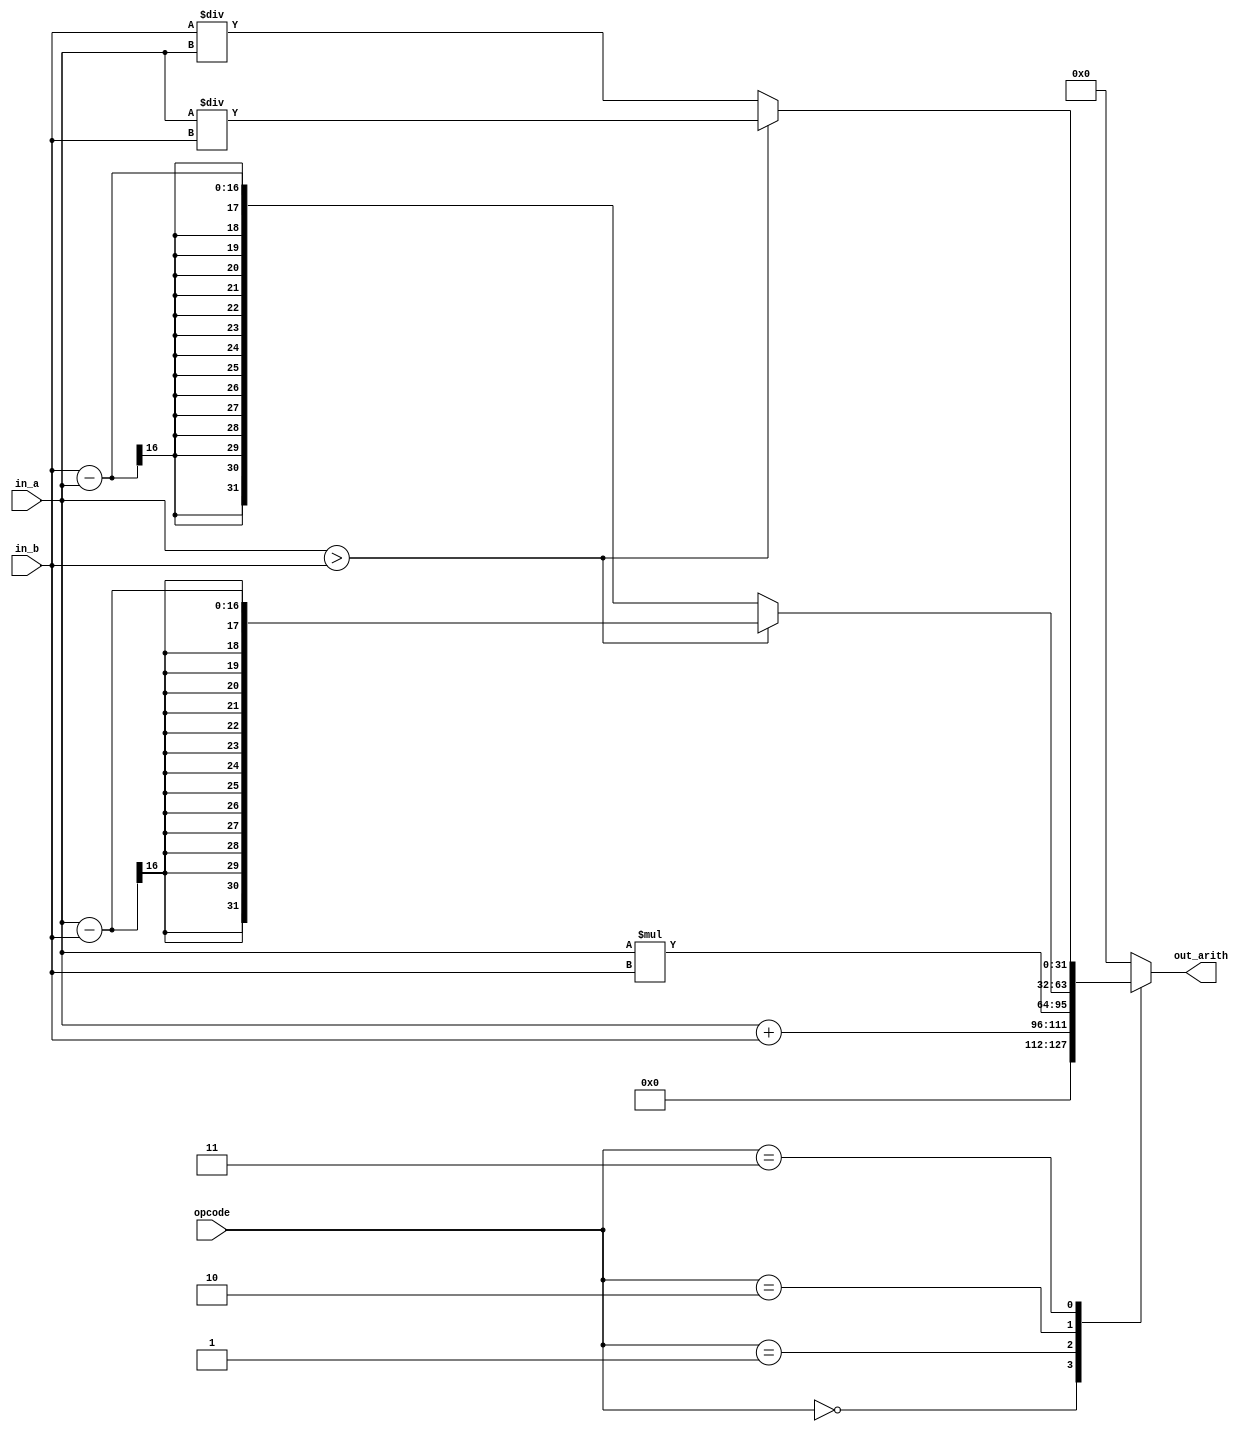
`timescale 1ns / 1ps


module arith_unit(
                    input [15:0] in_a,
                    input [15:0] in_b,
                    input [2:0] opcode,
                    output [31:0] out_arith);
reg [31:0] out_arith_reg;                    
                    
  always@(in_a,in_b,opcode)
begin
	case(opcode)
	3'b000: out_arith_reg = {16'h0000, in_a+in_b};
	3'b001: out_arith_reg = in_a * in_b;
	3'b010: if (in_a > in_b) begin
		out_arith_reg = in_a - in_b;
		end
		else begin
		out_arith_reg = in_b - in_a;
		end
	3'b011: if (in_a > in_b) begin
		out_arith_reg = in_a / in_b;
		end
		else begin
		out_arith_reg = in_b /in_a;
		end
	default out_arith_reg = 32'h00000000;
	endcase
end
assign out_arith = out_arith_reg;

endmodule